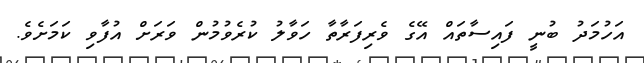
އަހުމަދު ބުނީ ފައިސާތައް އޭގެ ވެރިފަރާތާ ހަވާލު ކުރެވުމުން ވަރަށް އުފާވި ކަމަށެެވެ.